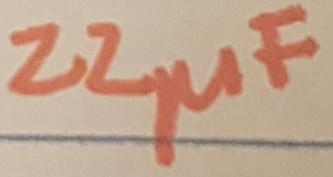
Text: 22µF